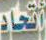
اتحاد